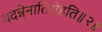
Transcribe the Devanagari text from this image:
यदन्नेनातिरोहति॥२॥